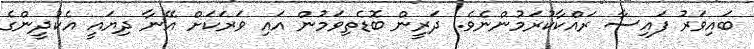
ބައިވަރު ފައިސާ ރައްކާކުރަމުންނެވެ. ދަރީން ބޮޑެތިވަމުން އައި ވަރަކަށް އޭނާ ދިޔައީ އެކުދީންގެ